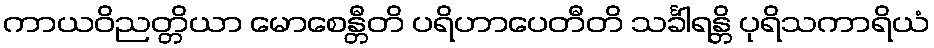
ကာယဝိညတ္တိယာ မောစေန္တီတိ ပရိဟာပေတီတိ သင်္ခါရန္တိ ပုရိသကာရိယံ